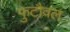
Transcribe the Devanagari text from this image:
फुटौवल